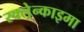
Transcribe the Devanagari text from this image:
स्क्ल्रेन्काइमा